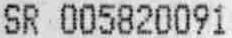
SR 005820091